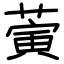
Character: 蔩